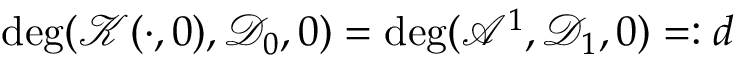
\deg ( \mathcal { K } ( \cdot , 0 ) , \mathcal { D } _ { 0 } , 0 ) = \deg ( \mathcal { A } ^ { 1 } , \mathcal { D } _ { 1 } , 0 ) = : d